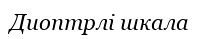
Диоптрлі шкала